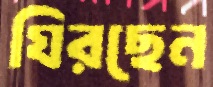
ঘিরছেন